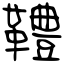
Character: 䪆